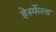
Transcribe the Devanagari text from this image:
हेर्स्फेल्ड